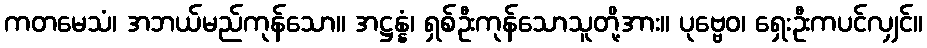
ကတမေသံ၊ အဘယ်မည်ကုန်သော။ အဋ္ဌန္နံ၊ ရှစ်ဦးကုန်သောသူတို့အား။ ပုဗ္ဗေဝ၊ ရှေးဦးကပင်လျှင်။